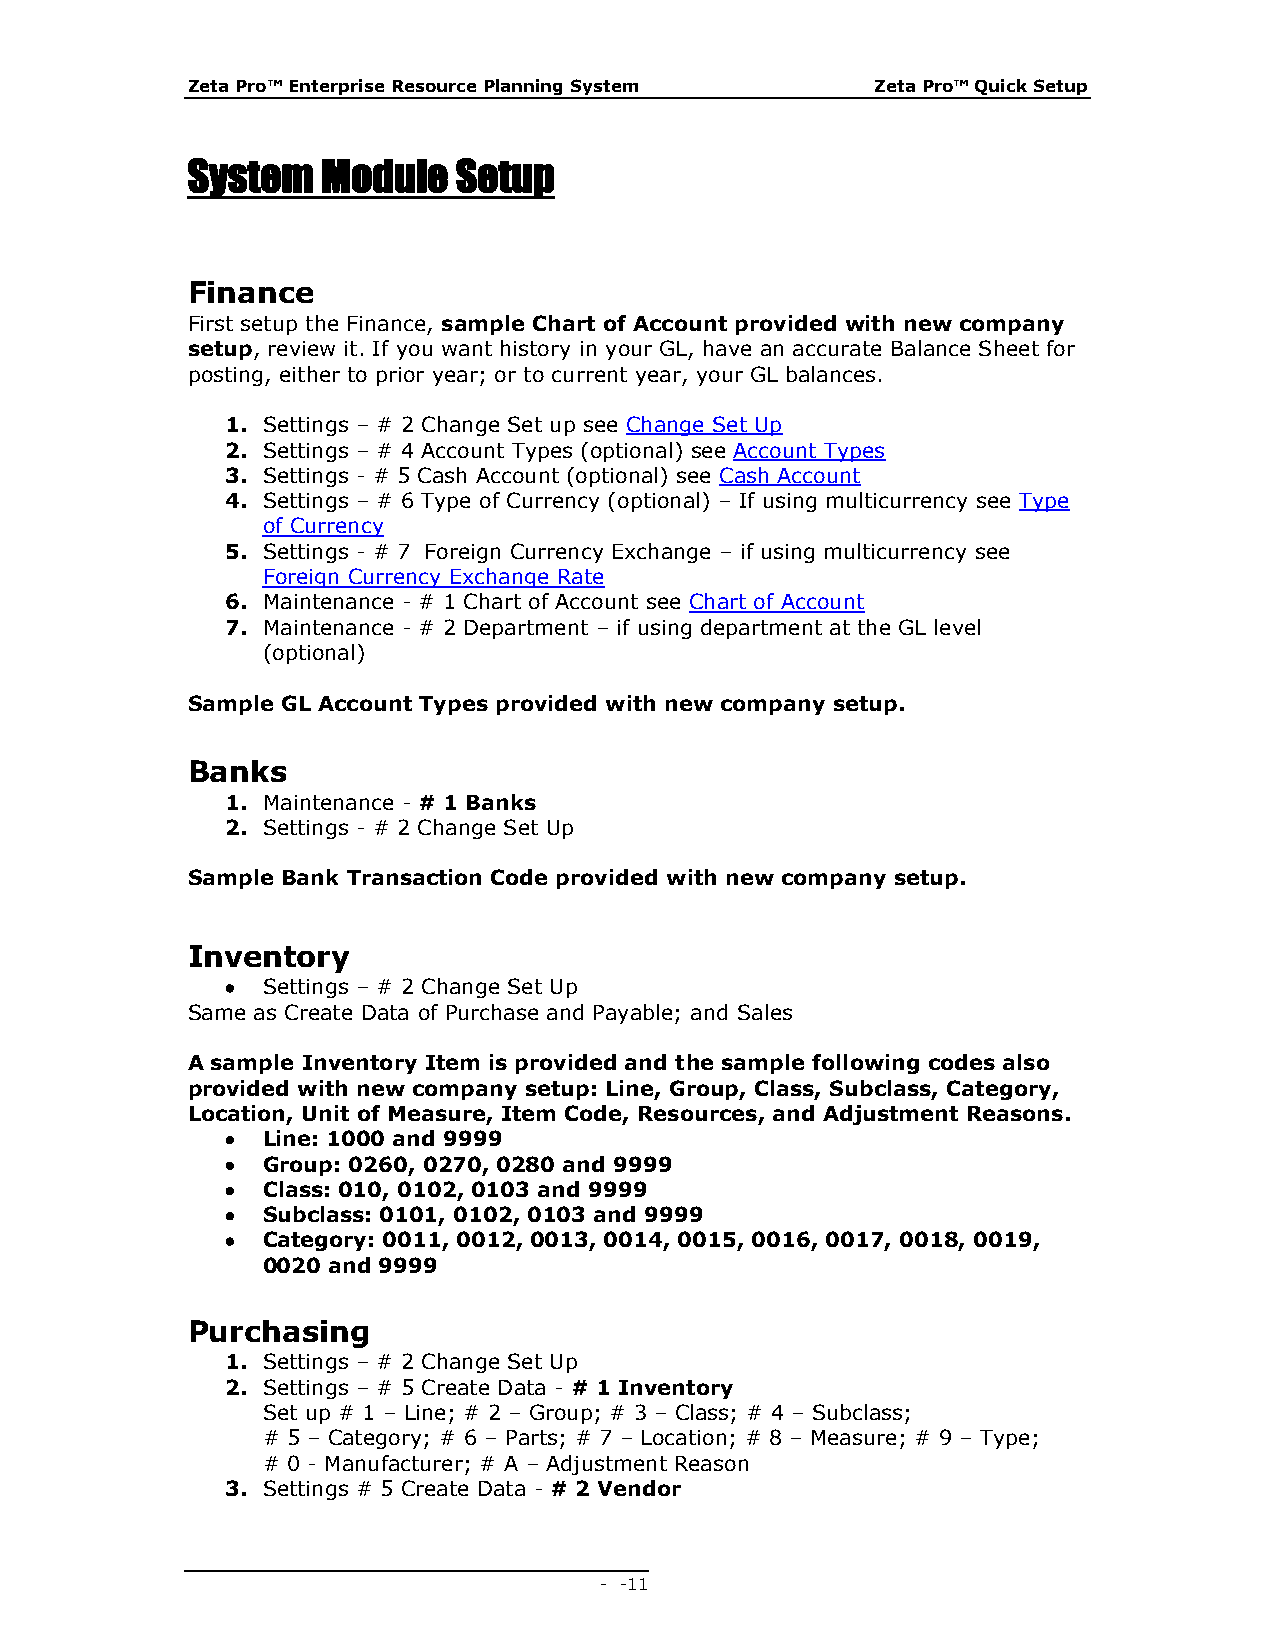
Zeta Pro™ Enterprise Resource Planning System Zeta Pro™ Quick Setup
 System   Module   Setup
 Finance
 First setup the Finance, sample Chart of Account provided with new company
 setup, review it. If you want history in your GL, have an accurate Balance Sheet for
 posting, either to prior year; or to current year, your GL balances.
 1. Settings – # 2 Change Set up see Change Set Up
 2. Settings – # 4 Account Types (optional) see Account Types
 3. Settings - # 5 Cash Account (optional) see Cash Account
 4. Settings – # 6 Type of Currency (optional) – If using multicurrency see Type
 of Currency
 5. Settings - # 7 Foreign Currency Exchange – if using multicurrency see
 Foreign Currency Exchange Rate
 6. Maintenance - # 1 Chart of Account see Chart of Account
 7. Maintenance - # 2 Department – if using department at the GL level
 (optional)
 Sample GL Account Types provided with new company setup.
 Banks
 1. Maintenance - # 1 Banks
 2. Settings - # 2 Change Set Up
 Sample Bank Transaction Code provided with new company setup.
 Inventory
  Settings – # 2 Change Set Up
 Same as Create Data of Purchase and Payable; and Sales
 A sample Inventory Item is provided and the sample following codes also
 provided with new company setup: Line, Group, Class, Subclass, Category,
 Location, Unit of Measure, Item Code, Resources, and Adjustment Reasons.
  Line: 1000 and 9999
  Group: 0260, 0270, 0280 and 9999
  Class: 010, 0102, 0103 and 9999
  Subclass: 0101, 0102, 0103 and 9999
  Category: 0011, 0012, 0013, 0014, 0015, 0016, 0017, 0018, 0019,
 0020 and 9999
 Purchasing
 1. Settings – # 2 Change Set Up
 2. Settings – # 5 Create Data - # 1 Inventory
 Set up # 1 – Line; # 2 – Group; # 3 – Class; # 4 – Subclass;
 # 5 – Category; # 6 – Parts; # 7 – Location; # 8 – Measure; # 9 – Type;
 # 0 - Manufacturer; # A – Adjustment Reason
 3. Settings # 5 Create Data - # 2 Vendor
 - - 11